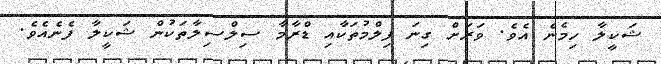
ޝަކީލާ ހިމެނެެ އެވެ. ވަރަށް ގިނަ ފިލްމުތަކާއި ޑްރާމާ ސިލްސިލާތަކުން ޝަކީލާ ފެނެއެވެ.